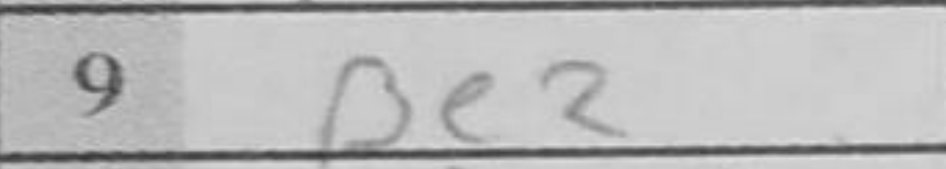
Transcription: Be2